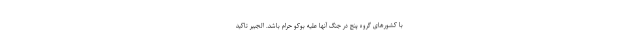
با کشورهای گروه پنج در جنگ آنها علیه بوکو حرام باشد. الجبیر تاکید